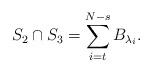
LaTeX: \begin{align*}S_2\cap S_3 = \sum_{i=t}^{N-s} B_{\lambda_i}.\end{align*}